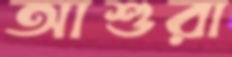
আশুরা